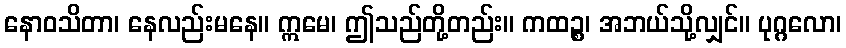
နောဝသိတာ၊ နေလည်းမနေ။ ဣမေ၊ ဤသည်တို့တည်း။ ကထဉ္စ၊ အဘယ်သို့လျှင်။ ပုဂ္ဂလော၊